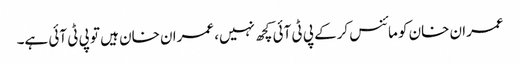
عمران خان کو مائنس کرکے پی ٹی آئی کچھ نہیں، عمران خان ہیں تو پی ٹی آئی ہے۔